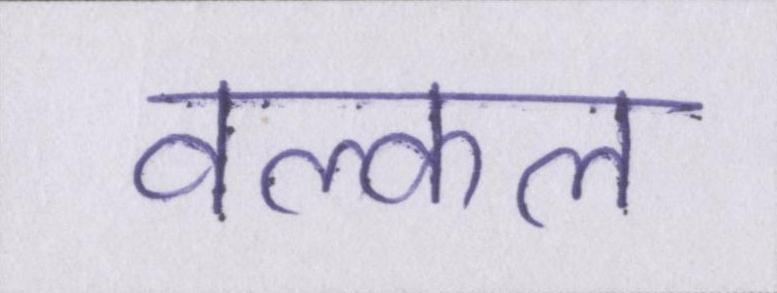
वल्कल